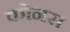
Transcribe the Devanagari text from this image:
कोनस